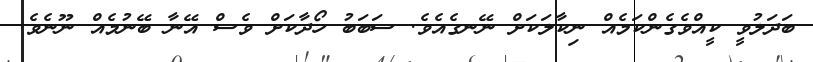
ބަދަލުވީ ކީއްވެގެންކަމެއް ނިކާލަކަށް ނޭނގެއެވެ. ސަބަބު ހޯދާކަށް ވެސް އޭނާ ބޭނުމެއް ނޫނެވެ.